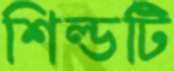
শিল্ডটি